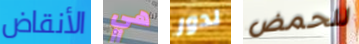
الأنقاض هي لدور للحمض